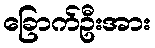
ခြောက်ဦးအား